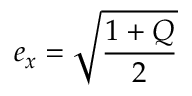
e _ { x } = { \sqrt { \frac { 1 + Q } { 2 } } }